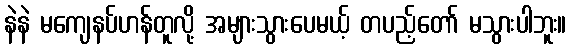
နဲနဲ မကျေနပ်ဟန်တူလို့ အများသွားပေမယ့် တပည့်တော် မသွားပါဘူး။